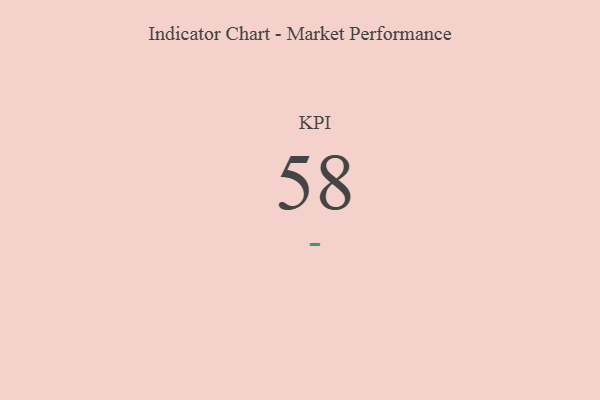
{"axis": {"x": "KPI", "y": "Value"}, "legend": [""], "data": [{"x": "KPI", "y": 58, "type": ""}]}